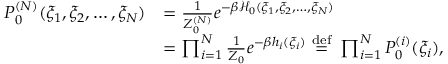
{ \begin{array} { r l } { P _ { 0 } ^ { ( N ) } ( \xi _ { 1 } , \xi _ { 2 } , \ldots , \xi _ { N } ) } & { = { \frac { 1 } { Z _ { 0 } ^ { ( N ) } } } e ^ { - \beta { \mathcal { H } } _ { 0 } ( \xi _ { 1 } , \xi _ { 2 } , \ldots , \xi _ { N } ) } } \\ & { = \prod _ { i = 1 } ^ { N } { \frac { 1 } { Z _ { 0 } } } e ^ { - \beta h _ { i } ( \xi _ { i } ) } \ { \stackrel { \mathrm { d e f } } { = } } \ \prod _ { i = 1 } ^ { N } P _ { 0 } ^ { ( i ) } ( \xi _ { i } ) , } \end{array} }